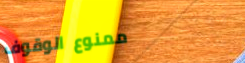
ممنوع الوقوف